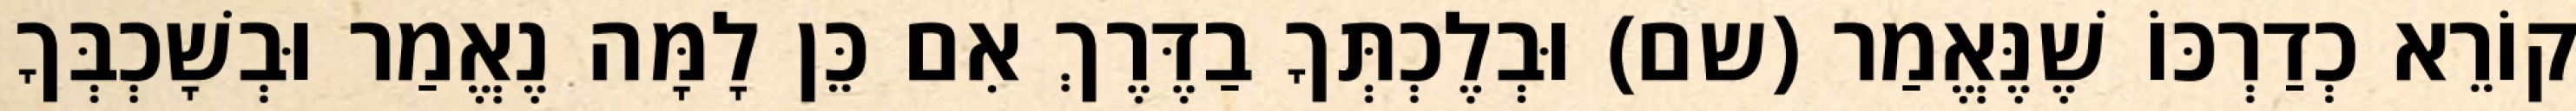
קוֹרֵא כְדַרְכּוֹ שֶׁנֶּאֱמַר (שם) וּבְלֶכְתְּךָ בַדֶּרֶךְ אִם כֵּן לָמָּה נֶאֱמַר וּבְשָׁכְבְּךָ